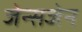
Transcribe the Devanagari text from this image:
जेन्सजेन